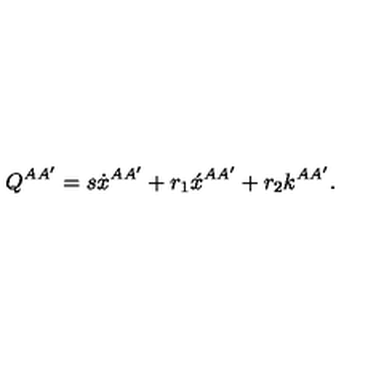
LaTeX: Q ^ { A A ^ { \prime } } = s \dot { x } { } ^ { A A ^ { \prime } } + r _ { 1 } \acute { x } { } ^ { A A ^ { \prime } } + r _ { 2 } k ^ { A A ^ { \prime } } .